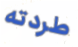
طردته